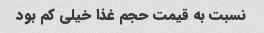
نسبت به قیمت حجم غذا خیلی کم بود